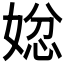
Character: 𭒄